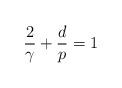
LaTeX: \begin{align*} \frac{2}{\gamma} + \frac{d}{p} = 1\end{align*}